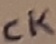
Text: CK